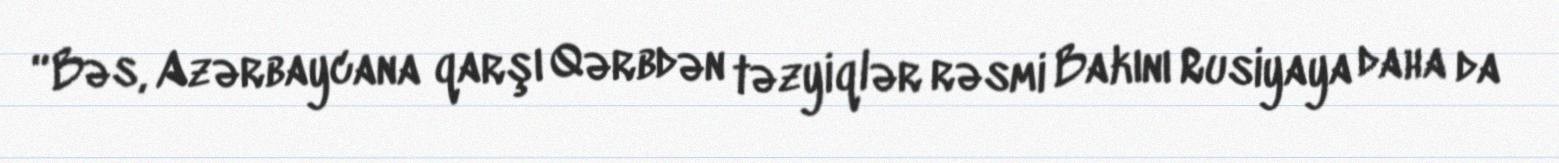
“Bəs, Azərbaycana qarşı Qərbdən təzyiqlər rəsmi Bakını Rusiyaya daha da